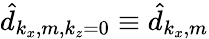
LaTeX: \hat{d}_{k_{x},m,k_{z}=0}\equiv\hat{d}_{k_{x},m}